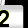
Digit: 2